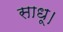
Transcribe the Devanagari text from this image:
साधू।